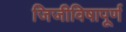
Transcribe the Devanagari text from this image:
जिजीविषापूर्ण